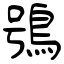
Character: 鴞